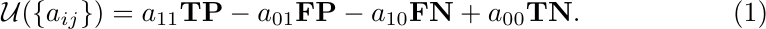
\begin{equation}
    \mathcal{U}(\{a_{ij}\}) = a_{11}  {\bf TP} - a_{01} {\bf FP} - a_{10} {\bf FN} + a_{00} {\bf TN}.
\end{equation}